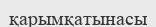
қарымқатынасы